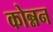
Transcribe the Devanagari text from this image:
कोन्नन